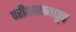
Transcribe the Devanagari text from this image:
परीक्षणामधून